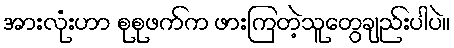
အားလုံးဟာ စုစုဖက်က ဖားကြတဲ့သူတွေချည်းပါပဲ။